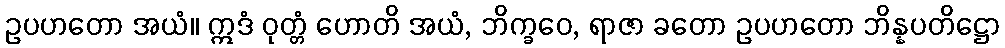
ဥပဟတော အယံ။ ဣဒံ ဝုတ္တံ ဟောတိ အယံ, ဘိက္ခဝေ, ရာဇာ ခတော ဥပဟတော ဘိန္နပတိဋ္ဌော